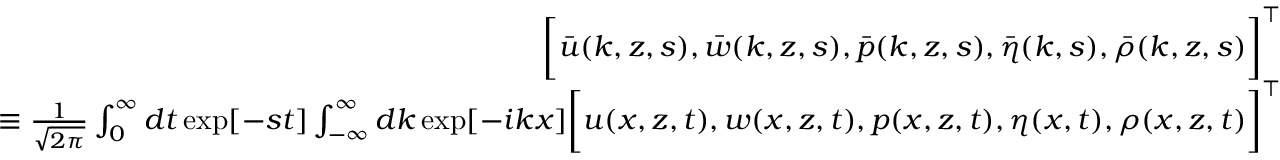
\begin{array} { r l r } & { } & { \bigg [ \bar { u } ( k , z , s ) , \bar { w } ( k , z , s ) , \bar { p } ( k , z , s ) , \bar { \eta } ( k , s ) , \bar { \rho } ( k , z , s ) \bigg ] ^ { \intercal } } \\ & { } & { \equiv \frac { 1 } { \sqrt { 2 \pi } } \int _ { 0 } ^ { \infty } d t \exp [ - s t ] \int _ { - \infty } ^ { \infty } d k \exp [ - i k x ] \bigg [ u ( x , z , t ) , w ( x , z , t ) , p ( x , z , t ) , \eta ( x , t ) , \rho ( x , z , t ) \bigg ] ^ { \intercal } } \\ & { } & \end{array}